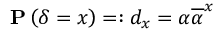
{ \bf P } \left( \delta = x \right) = : d _ { x } = \alpha \overline { { \alpha } } ^ { x }